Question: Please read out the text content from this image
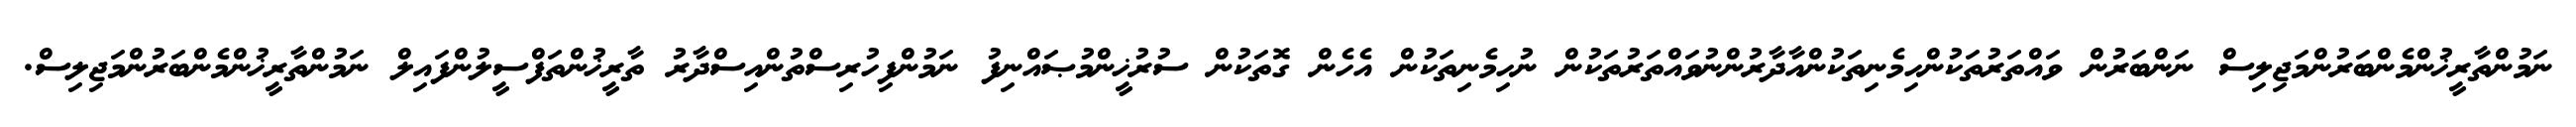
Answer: ނަމުންތާރީޚުންމެންބަރުންމަޖިލިސް ނަންބަރުން ވައްތަރުތަކުންހިމެނިތަކުންއާދާރުންނުވައްތަރުތަކުން ނުހިމެނިތަކުން އެހެން ގޮތަކުން ސުރުޚީންމުޞައްނިފު ނަމުންފިހުރިސްތުންއިސްދާރު ތާރީޚުންތަފްސީލުންފައިލް ނަމުންތާރީޚުންމެންބަރުންމަޖިލިސް.